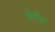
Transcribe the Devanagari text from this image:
कवींत